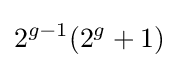
2^{g-1}(2^{g}+1)